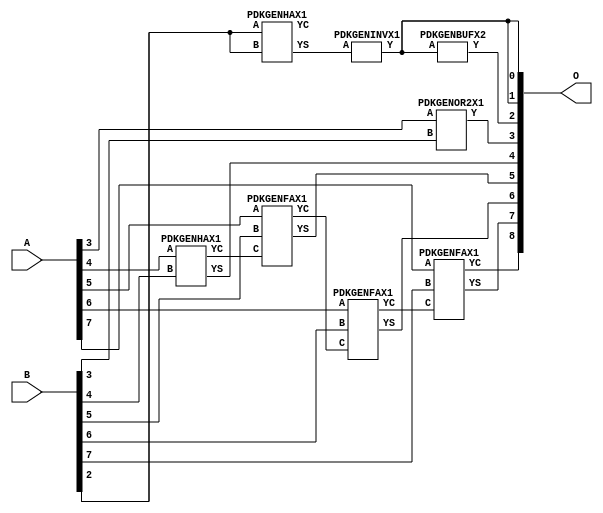
// Library = EvoApprox8b
// Circuit = add8_427
// Area   (180) = 592
// Delay  (180) = 0.830
// Power  (180) = 152.70
// Area   (45) = 42
// Delay  (45) = 0.310
// Power  (45) = 14.86
// Nodes = 8
// HD = 188544
// MAE = 3.96875
// MSE = 26.50000
// MRE = 2.12 %
// WCE = 15
// WCRE = 700 %
// EP = 90.6 %

module add8_427(A, B, O);
  input [7:0] A;
  input [7:0] B;
  output [8:0] O;
  wire [2031:0] N;

  assign N[0] = A[0];
  assign N[1] = A[0];
  assign N[2] = A[1];
  assign N[3] = A[1];
  assign N[4] = A[2];
  assign N[5] = A[2];
  assign N[6] = A[3];
  assign N[7] = A[3];
  assign N[8] = A[4];
  assign N[9] = A[4];
  assign N[10] = A[5];
  assign N[11] = A[5];
  assign N[12] = A[6];
  assign N[13] = A[6];
  assign N[14] = A[7];
  assign N[15] = A[7];
  assign N[16] = B[0];
  assign N[17] = B[0];
  assign N[18] = B[1];
  assign N[19] = B[1];
  assign N[20] = B[2];
  assign N[21] = B[2];
  assign N[22] = B[3];
  assign N[23] = B[3];
  assign N[24] = B[4];
  assign N[25] = B[4];
  assign N[26] = B[5];
  assign N[27] = B[5];
  assign N[28] = B[6];
  assign N[29] = B[6];
  assign N[30] = B[7];
  assign N[31] = B[7];

  PDKGENHAX1 n40(.A(N[20]), .B(N[20]), .YS(N[40]), .YC(N[41]));
  PDKGENINVX1 n126(.A(N[40]), .Y(N[126]));
  assign N[127] = N[126];
  PDKGENBUFX2 n132(.A(N[127]), .Y(N[132]));
  PDKGENOR2X1 n182(.A(N[6]), .B(N[22]), .Y(N[182]));
  PDKGENHAX1 n232(.A(N[8]), .B(N[24]), .YS(N[232]), .YC(N[233]));
  PDKGENFAX1 n282(.A(N[10]), .B(N[26]), .C(N[233]), .YS(N[282]), .YC(N[283]));
  PDKGENFAX1 n332(.A(N[12]), .B(N[28]), .C(N[283]), .YS(N[332]), .YC(N[333]));
  PDKGENFAX1 n382(.A(N[14]), .B(N[30]), .C(N[333]), .YS(N[382]), .YC(N[383]));

  assign O[0] = N[127];
  assign O[1] = N[126];
  assign O[2] = N[132];
  assign O[3] = N[182];
  assign O[4] = N[232];
  assign O[5] = N[282];
  assign O[6] = N[332];
  assign O[7] = N[382];
  assign O[8] = N[383];

endmodule
/* mod */
module PDKGENOR2X1(input A, input B, output Y );
     assign Y = A | B;
endmodule
/* mod */
module PDKGENHAX1( input A, input B, output YS, output YC );
    assign YS = A ^ B;
    assign YC = A & B;
endmodule
/* mod */
module PDKGENINVX1(input A, output Y );
     assign Y = ~A;
endmodule
/* mod */
module PDKGENFAX1( input A, input B, input C, output YS, output YC );
    assign YS = (A ^ B) ^ C;
    assign YC = (A & B) | (B & C) | (A & C);
endmodule
/* mod */
module PDKGENBUFX2(input A, output Y );
     assign Y = A;
endmodule